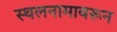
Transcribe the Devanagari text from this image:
स्थलनामावरून